Report of the Municipal Commissioner on the plague in Bombay for the year ending 31st May... - Volume 1
Disease focus: Plague
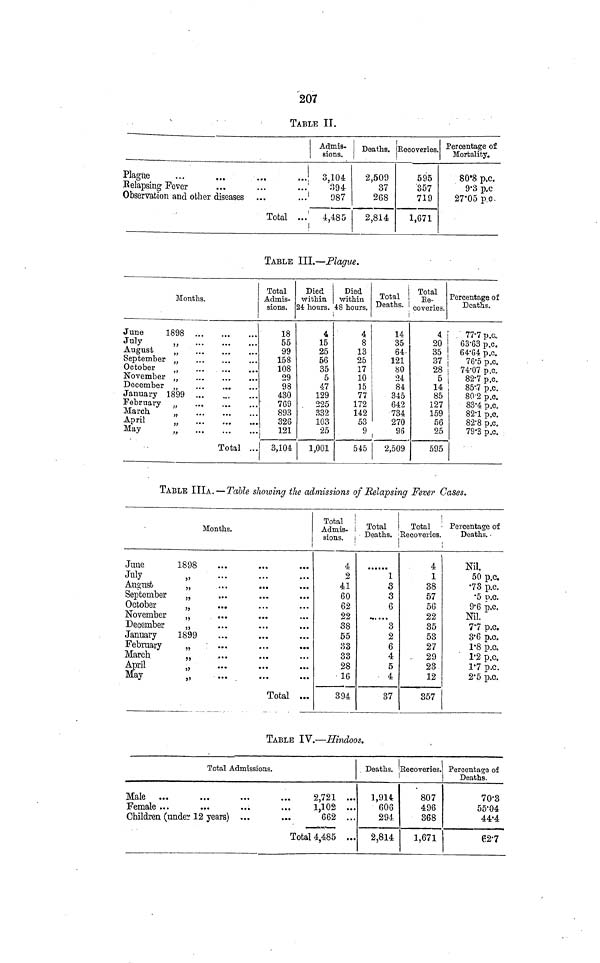
207
TABLE II.
Plague
Relapsing Fever
...
Observation and other diseases
...
...
Total
Admis-
sions.
...
3,104
394
...
987
...
4,485
Deaths.
2,509
37
268
2,814
Eecoveries.
595
357
719
1,671
Percentage of
Mortality.
80·8 p.c.
9·3 p.c
27·05 pc.
TABLE III.—Plague.
June
July
August
September
October
November
December
January
February
March
April
May
Months.
1898
j j
1899
j)
jj
))
f9
.
.
m
t
•
...
...
...
...
...
...
...
...
...
...
Total ...
Total
Admis-
sions.
18
55
99
158
108
29
98
430
769
893
326
j
121
3,104
Died
within
24 hours.
4
15
25
56
35
5
47
129
225
332
103
25
1,001
Died
within
48 hours.
4
8
13
25
17
10
15
77
172
142
53
Total
Deaths.
14
35
64-
121
80
24
84
345
642
734
270
9 (
86
545
2,509
Total
Be-
coveries.
4
20
35
37
Percentage of
Deaths.
77·7 p.c.,
63·63 p.c.
64·64 p.c.
76·5 p.c.
28
74·07 p.c.
5
82·7 p.c.
14
85
127
159
56
25
595
85·7 p.c.
80·2 p.c.
83·4 p.c.
82·1 p.c.
82·8 p.c.
79·3 p.c.
TABLE III A.—Table showing the admissions of Relapsing Fever Cases.
June
July
August
September
October
November
December
January
February
March
April
May
1898
,,
,,
,,
,,
,,
,,
1899
,,
,,
,,
,,
Months.
...
...
...
···
.··
...
...
.· «
...
···
.» ·
• ··
...
···
...
...
.....
...
..·
...
...
• · ·
...
Total
...
..c
...
...
...
...
...
···
...
...
.· ·
...
Total
Adnais- ¡
sions. ι
4
2
41
60
62
22
38
55
83
38
28
16
394
Total
Deaths.
1
3
3
6
......
3
2
6
4
5
4
37
Total
Percentage of
Recoveries
Deaths.
4
1
38
57
56
22
35
53
27
29
23
12
357
Nil.
50 p.c.
·73 p.c.
·5 P.C.
9·6 p.c.
Nil.
7·7 p.c.
3·6 p.c.
1·8 p.c.
1·2 p.c.
1·7 p.c.
2·5 p.c.
TABLE IV.—Hindoos.
Male
Female ...
Total Admissions.
...
Children (under 12 years)
...
...
..·
···
Total
2,721
1,102
662
4,485
...
...
...
...
Deaths.
1,914
606
294
2,814
Eecoveries.
807
496
368
1,671
Percentage of
Deaths.
70·3
55·04
44·4
62·7